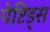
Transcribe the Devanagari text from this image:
पेप्टिड्स